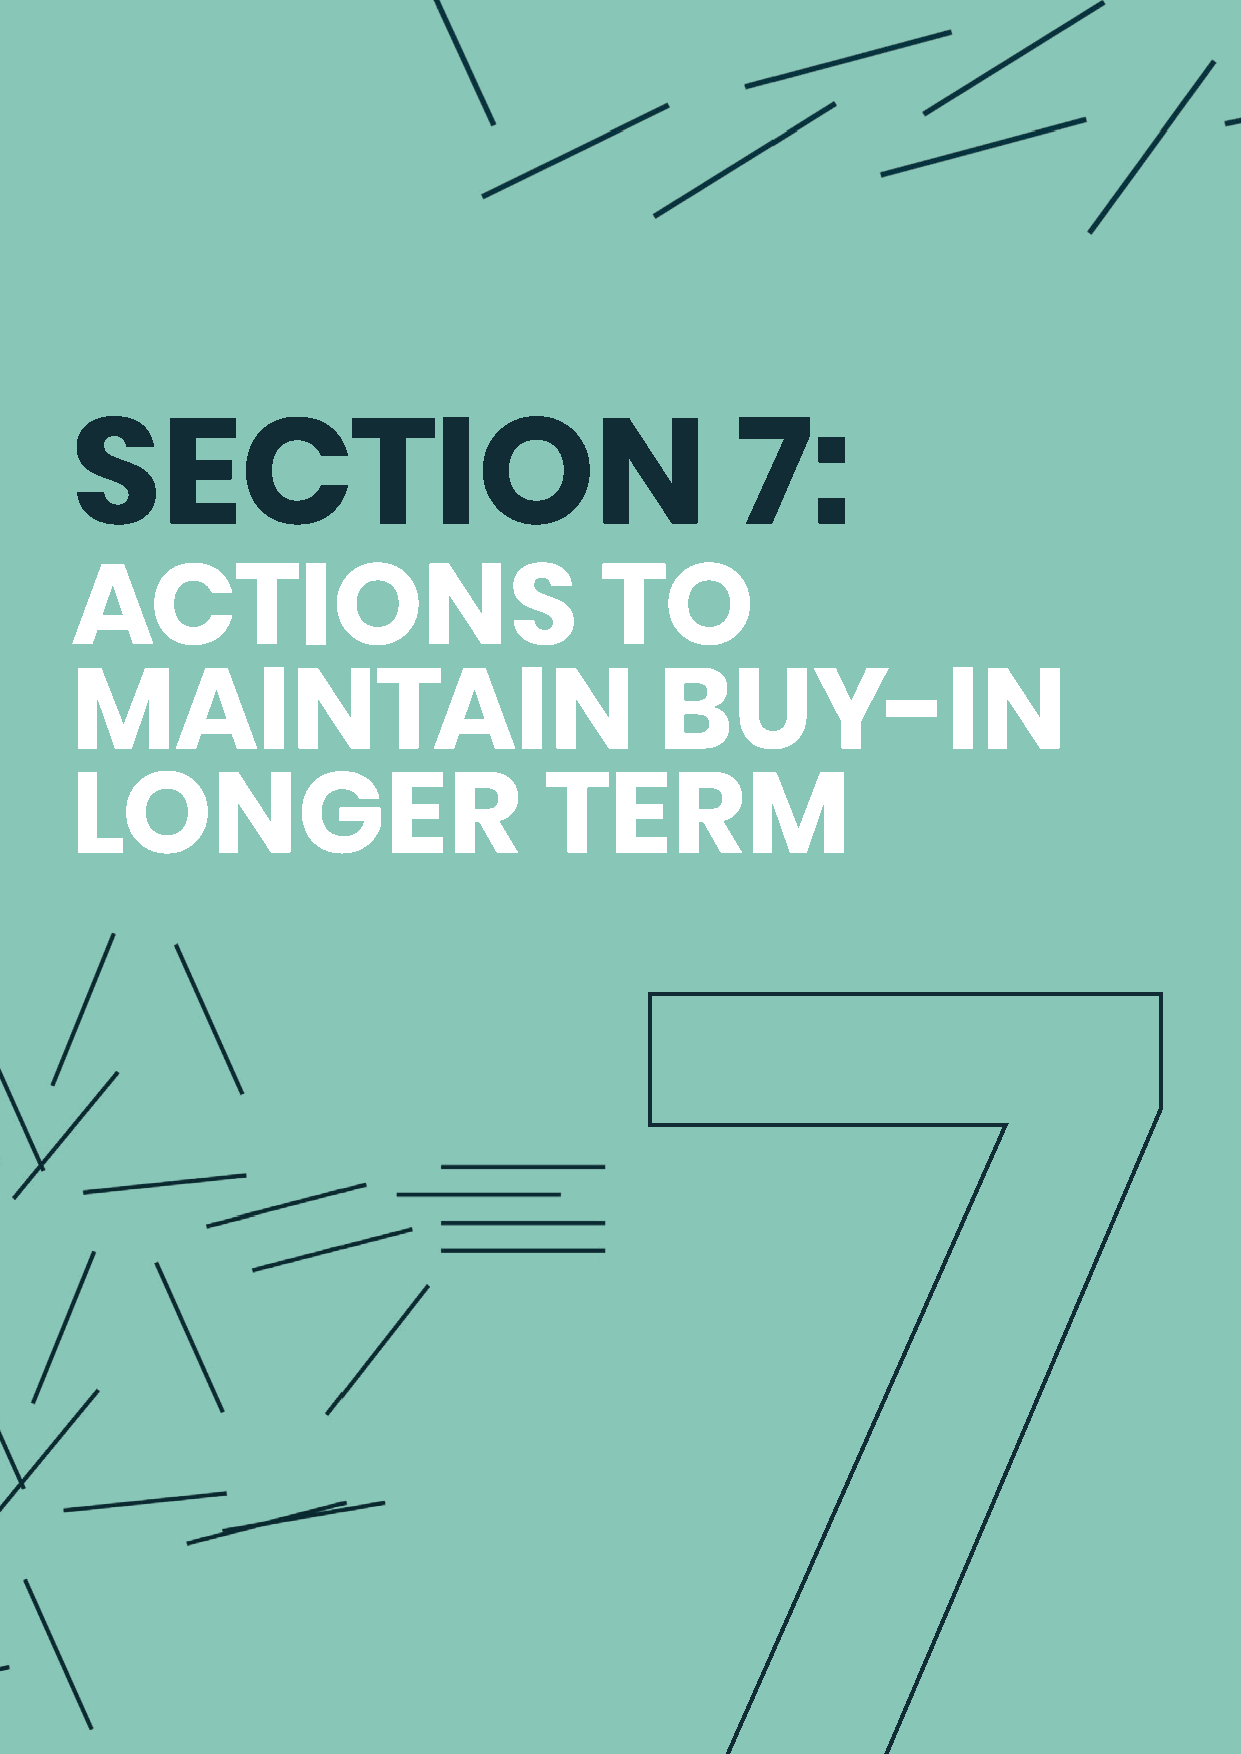
SECTION                                     7:
 ACTIONS                            TO
 MAINTAIN                               BUY-IN
 LONGER                         TERM
 7
 36